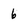
Character: 6